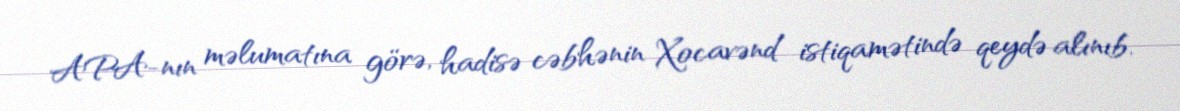
APA-nın məlumatına görə, hadisə cəbhənin Xocavənd istiqamətində qeydə alınıb.